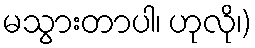
မသွားတာပါ၊ ဟုလို၊)